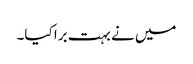
میں نے بہت برا کیا۔